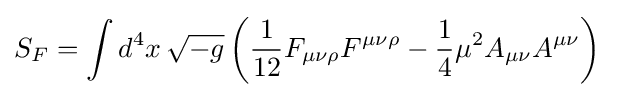
S_{F}=\int d^{4}x\,{\sqrt {-g}}\left({\frac {1}{12}}F_{\mu \nu \rho }F^{\mu \nu \rho }-{\frac {1}{4}}\mu ^{2}A_{\mu \nu }A^{\mu \nu }\right)\;